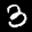
Label: 3